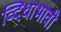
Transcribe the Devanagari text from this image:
व्दिधाभावी